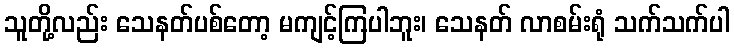
သူတို့လည်း သေနတ်ပစ်တော့ မကျင့်ကြပါဘူး၊ သေနတ် လာစမ်းရုံ သက်သက်ပါ